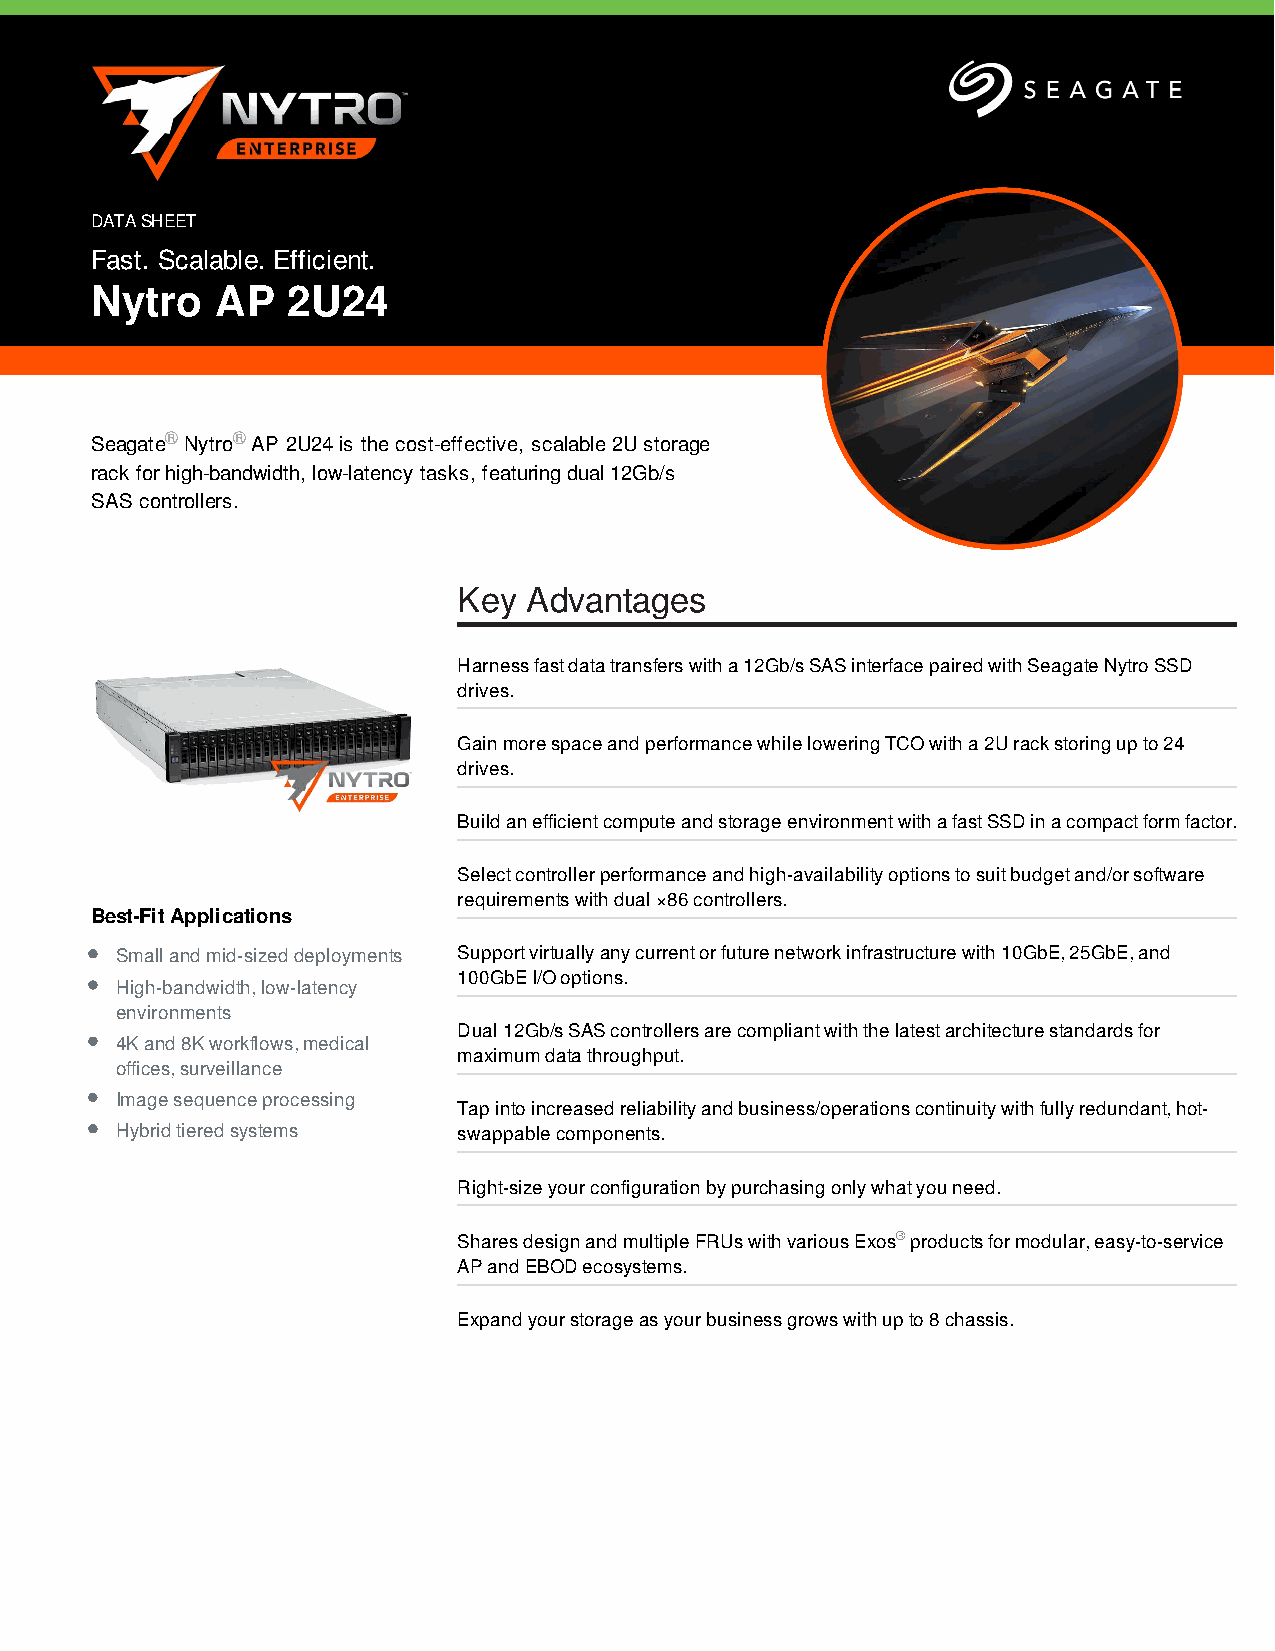
DATA SHEET
 Fast. Scalable. Efficient.
 Nytro   AP   2U24
 Seagate® Nytro® AP 2U24 is the cost-effective, scalable 2U storage
 rack for high-bandwidth, low-latency tasks, featuring dual 12Gb/s
 SAS controllers.
 Key  Advantages
 Harness fast data transfers with a 12Gb/s SAS interface paired with Seagate Nytro SSD
 drives.
 Gain more space and performance while lowering TCO with a 2U rack storing up to 24
 drives.
 Build an efficient compute and storage environment with a fast SSD in a compact form factor.
 Select controller performance and high-availability options to suit budget and/or software
 requirements with dual ×86 controllers.
 Best-Fit Applications
 Small and mid-sized deployments Support virtually any current or future network infrastructure with 10GbE, 25GbE, and
 100GbE I/O options.
 High-bandwidth, low-latency
 environments
 Dual 12Gb/s SAS controllers are compliant with the latest architecture standards for
 4K and 8K workflows, medical
 maximum data throughput.
 offices, surveillance
 Image sequence processing
 Tap into increased reliability and business/operations continuity with fully redundant, hot-
 Hybrid tiered systems swappable components.
 Right-size your configuration by purchasing only what you need.
 Shares design and multiple FRUs with various Exos® products for modular, easy-to-service
 AP and EBOD ecosystems.
 Expand your storage as your business grows with up to 8 chassis.